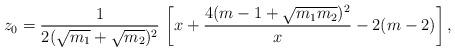
LaTeX: \begin{align*} z_0 = \frac{1}{2(\sqrt{m_1} + \sqrt{m_2})^2} \, \left[ x + \frac{4 (m-1 + \sqrt{m_1 m_2})^2}{x} - 2(m-2) \right],\end{align*}